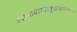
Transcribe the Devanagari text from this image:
स्वम्नायाम्नातूफलोन्मुखाः